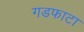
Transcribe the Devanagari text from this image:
गडफाटा